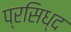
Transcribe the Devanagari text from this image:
प्रसिध्‍द